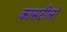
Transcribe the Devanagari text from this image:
कासटीलो